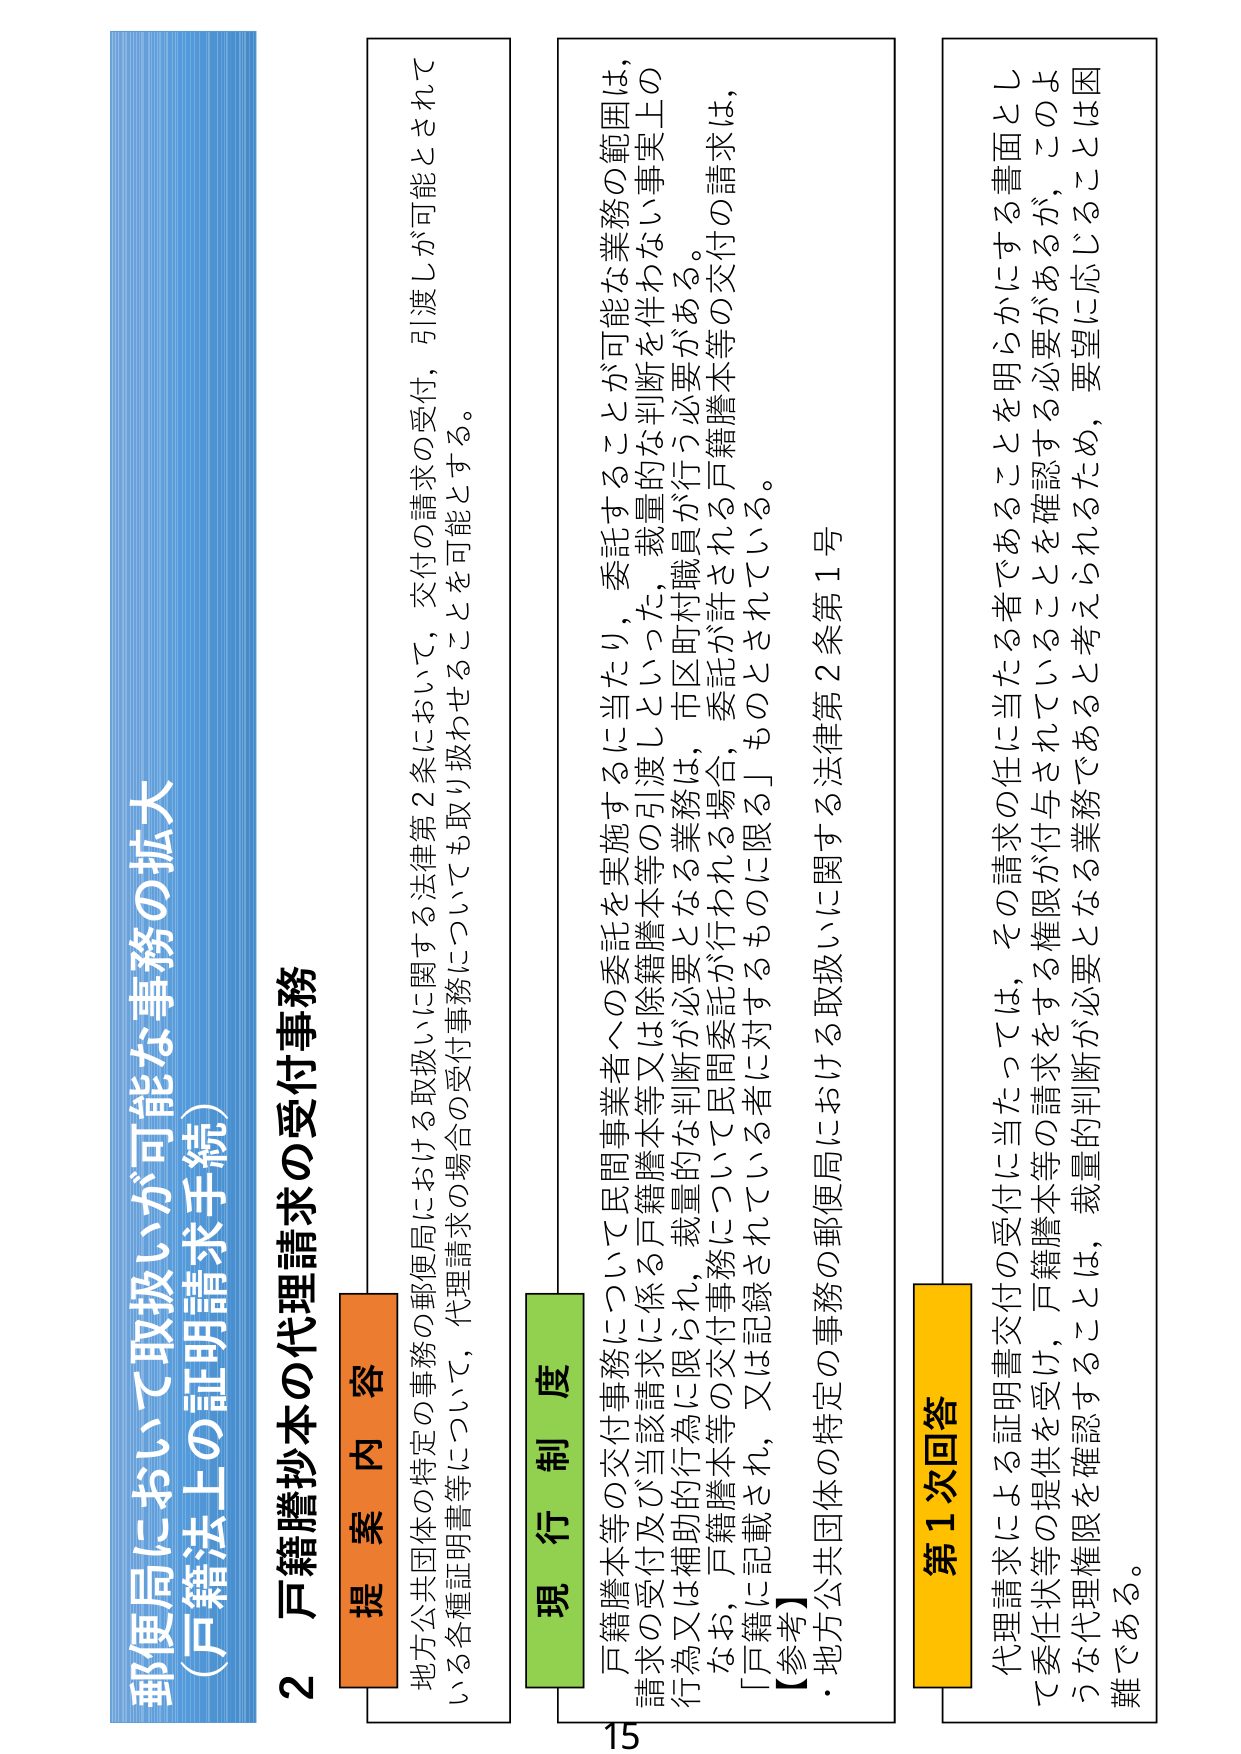
郵便局において取扱いが可能な事務の拡大
（戸籍法上の証明請求手続）

2 戸籍謄抄本の代理請求の受付事務

提案内容
地方公共団体の特定の郵便局における取扱いに関する法律第2条において，交付の請求の受付，引渡しが可能とされて
いる各種証明書等について，代理請求の場合の受付事務についても取り扱わせることを可能とする。

現行制度
戸籍謄本等の交付事務について民間事業者への委託を実施するに当たり，委託することが可能な業務の範囲は，
請求の受付及び当該請求に係る戸籍謄本等又は除籍謄本等の引渡しといった，裁量的な判断を伴わない事実上の
行為又は補助的行為に限られ，裁量的な判断が必要となる業務は，市区町村職員が行う必要がある。
なお，戸籍謄本等の交付事務について民間委託が行われる場合，委託が許される戸籍謄本等の交付の請求は，
「戸籍に記載され，又は記録されている者に対するものに限る」ものとされている。
【参考】
・地方公共団体の特定の郵便局における取扱いに関する法律第2条第1号

第1次回答
代理請求による証明書交付の受付に当たっては，その請求の任に当たる者であることを明らかにする書面とし
て委任状等の提供を受け，戸籍謄本等の請求をする権限が付与されていることを確認する必要があるが，このよ
うな代理権限を確認することは，裁量的判断が必要となる業務であると考えられるため，要望に応じることは困
難である。